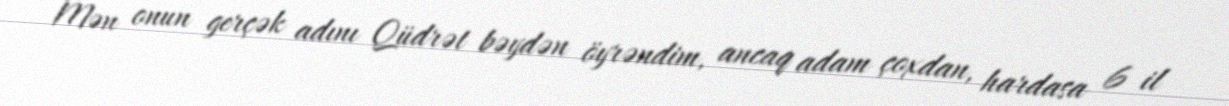
Mən onun gerçək adını Qüdrət bəydən öyrəndim, ancaq adam çoxdan, hardasa 6 il